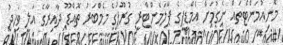
މޮނިއުމަންޓްތައް ނެގުމަށް އެމްޑީޕީގެ ޕާލަމެންޓްރީ ގުރޫޕުގެ މެމްބަރު ތޮއްޑޫ ދާއިރާގެ އަލީ ވަހީދު